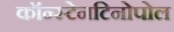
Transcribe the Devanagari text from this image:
कॉन्स्टेनटिनोपोल